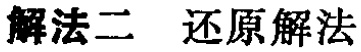
解法二 还原解法